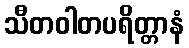
သီတဝါတပရိတ္တာနံ